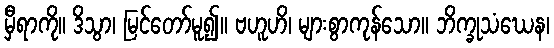
မှီရာကို။ ဒိသွာ၊ မြင်တော်မူ၍။ ဗဟူဟိ၊ များစွာကုန်သော။ ဘိက္ခုသံဃေန၊